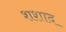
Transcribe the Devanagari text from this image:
शशाद